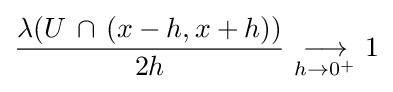
{\frac {\lambda (U\,\cap \,(x-h,x+h))}{2h}}\ {\underset {h\to 0^{+}}{\longrightarrow }}\ 1